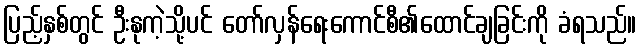
ပြည့်နှစ်တွင် ဦးနုကဲ့သို့ပင် တော်လှန်ရေးကောင်စီ၏ထောင်ချခြင်းကို ခံရသည်။